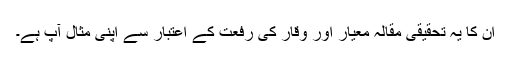
ان کا یہ تحقیقی مقالہ معیار اور وقار کی رفعت کے اعتبار سے اپنی مثال آپ ہے۔